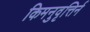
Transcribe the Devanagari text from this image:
किमनुवृत्तिर्न